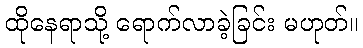
ထိုနေရာသို့ ရောက်လာခဲ့ခြင်း မဟုတ်။